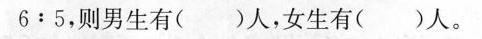
$$6 : 5$$，则男生有()人，女生有()人。